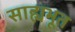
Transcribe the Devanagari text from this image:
साह्यभूत